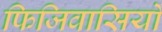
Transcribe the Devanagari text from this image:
फिजिवासियों